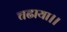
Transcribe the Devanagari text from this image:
चढाया।।